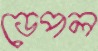
ডেপল